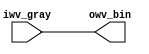
/////////////////////////////////////////////////////
// 
// Gray to Binary Positional Code translator.
//
/////////////////////////////////////////////////////

`define GRAY2BIN_SEQUENTAL

module Gray2Bin
	#(
		parameter p_WIDTH = 1 // The data bus width. MUST BE greater than zero.
	)
	
	(
		input wire  [p_WIDTH - 1 : 0] iwv_gray,
		output wire [p_WIDTH - 1 : 0] owv_bin
	);
	
	genvar i;
	
`ifdef GRAY2BIN_SEQUENTAL

	assign owv_bin[p_WIDTH - 1] = iwv_gray[p_WIDTH - 1];
	generate
		for(i = 0; i < p_WIDTH - 1; i = i + 1) begin : gen_for // TODO: find out why 'i++' makes iverilog unhappy but 'i = i + 1' works just fine.
			assign owv_bin[i] = iwv_gray[i] ^ owv_bin[i + 1];
		end
	endgenerate	
	
`else

	generate
		for(i = 0; i < p_WIDTH; i = i + 1) begin : gen_for
			assign owv_bin[i] = ^iwv_gray[p_WIDTH - 1 : i];
		end
	endgenerate
	
`endif //  GRAY2BIN_SEQUENTAL
	
endmodule // Gray2Bin




/////////////////////////////////////////////////////
// 
// Binary Positional Code to Gray code translator.
//
/////////////////////////////////////////////////////

module Bin2Gray
	#(
		parameter p_WIDTH = 1 // The data bus width. MUST BE greater than zero.
	)
	
	(
		input wire [p_WIDTH - 1 : 0] iwv_bin,
		output wire [p_WIDTH - 1 : 0] owv_gray
	);
	
	assign owv_gray[p_WIDTH - 1] = iwv_bin[p_WIDTH - 1];

	genvar i;
	generate
		for(i = 0; i < p_WIDTH - 1; i = i + 1) begin : gen_for
			assign owv_gray[i] = iwv_bin[i] ^ iwv_bin[i + 1];
		end
	endgenerate
	
endmodule // Bin2Gray



/////////////////////////////////////////////////////
// 
// Gray synchronous incremental counter.
//
/////////////////////////////////////////////////////

module GrayIncCounter
	#(
		parameter p_WIDTH = 1 // The data bus width. MUST BE greater than zero.
	)
	
	(
		input wire iw_clk,
		input wire iw_reset,
		input wire iw_inc,
		output wire [p_WIDTH - 1 : 0] owv_bin,
		output wire [p_WIDTH - 1 : 0] owv_gray
	);
	
	reg [p_WIDTH - 1 : 0] rv_gray;
	wire [p_WIDTH - 1 : 0] wv_gray_next;
	wire [p_WIDTH - 1 : 0] wv_bin_next = owv_bin + iw_inc;
	
	assign owv_gray = rv_gray;
	
	Bin2Gray #(.p_WIDTH(p_WIDTH)) bin2gray (wv_bin_next, wv_gray_next);
	Gray2Bin #(.p_WIDTH(p_WIDTH)) grey2bin (rv_gray, owv_bin);
	
	always@(posedge iw_clk) begin
		rv_gray <= iw_reset ? 0 : wv_gray_next;
	end
	
endmodule // GrayIncCounter